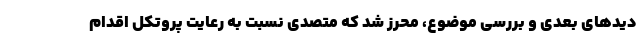
دیدهای بعدی و بررسی موضوع، محرز شد که متصدی نسبت به رعایت پروتکل اقدام